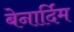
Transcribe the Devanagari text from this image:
बेनार्दिम